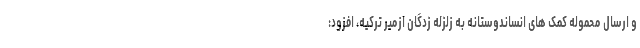
و ارسال محموله کمک های انساندوستانه به زلزله زدگان ازمیر ترکیه، افزود: